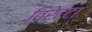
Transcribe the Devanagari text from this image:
विरेट्टा